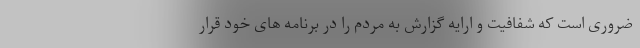
ضروری است که شفافیت و ارایه گزارش به مردم را در برنامه های خود قرار